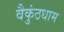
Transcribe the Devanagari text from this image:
वैकुंठधाम